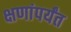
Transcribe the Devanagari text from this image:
क्षणांपर्यंत